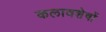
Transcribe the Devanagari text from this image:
कलावशेषों